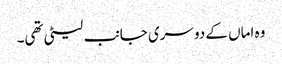
وہ اماں کے دوسری جانب لیٹی تھی۔